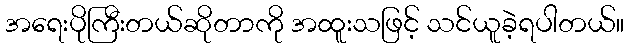
အရေးပိုကြီးတယ်ဆိုတာကို အထူးသဖြင့် သင်ယူခဲ့ရပါတယ်။